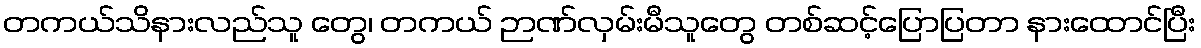
တကယ်သိနားလည်သူ တွေ၊ တကယ် ဉာဏ်လှမ်းမီသူတွေ တစ်ဆင့်ပြောပြတာ နားထောင်ပြီး